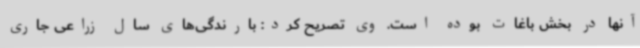
آنها در بخش باغات بوده است. وی تصریح کرد: بارندگی‌های سال زراعی جاری